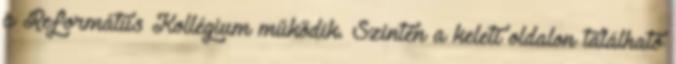
a Református Kollégium működik. Szintén a keleti oldalon található